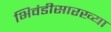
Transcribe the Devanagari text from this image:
भिवंडीसारख्या